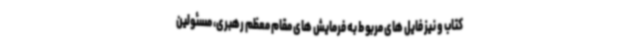
کتاب و نیز فایل های مربوط به فرمایش های مقام معظم رهبری، مسئولین